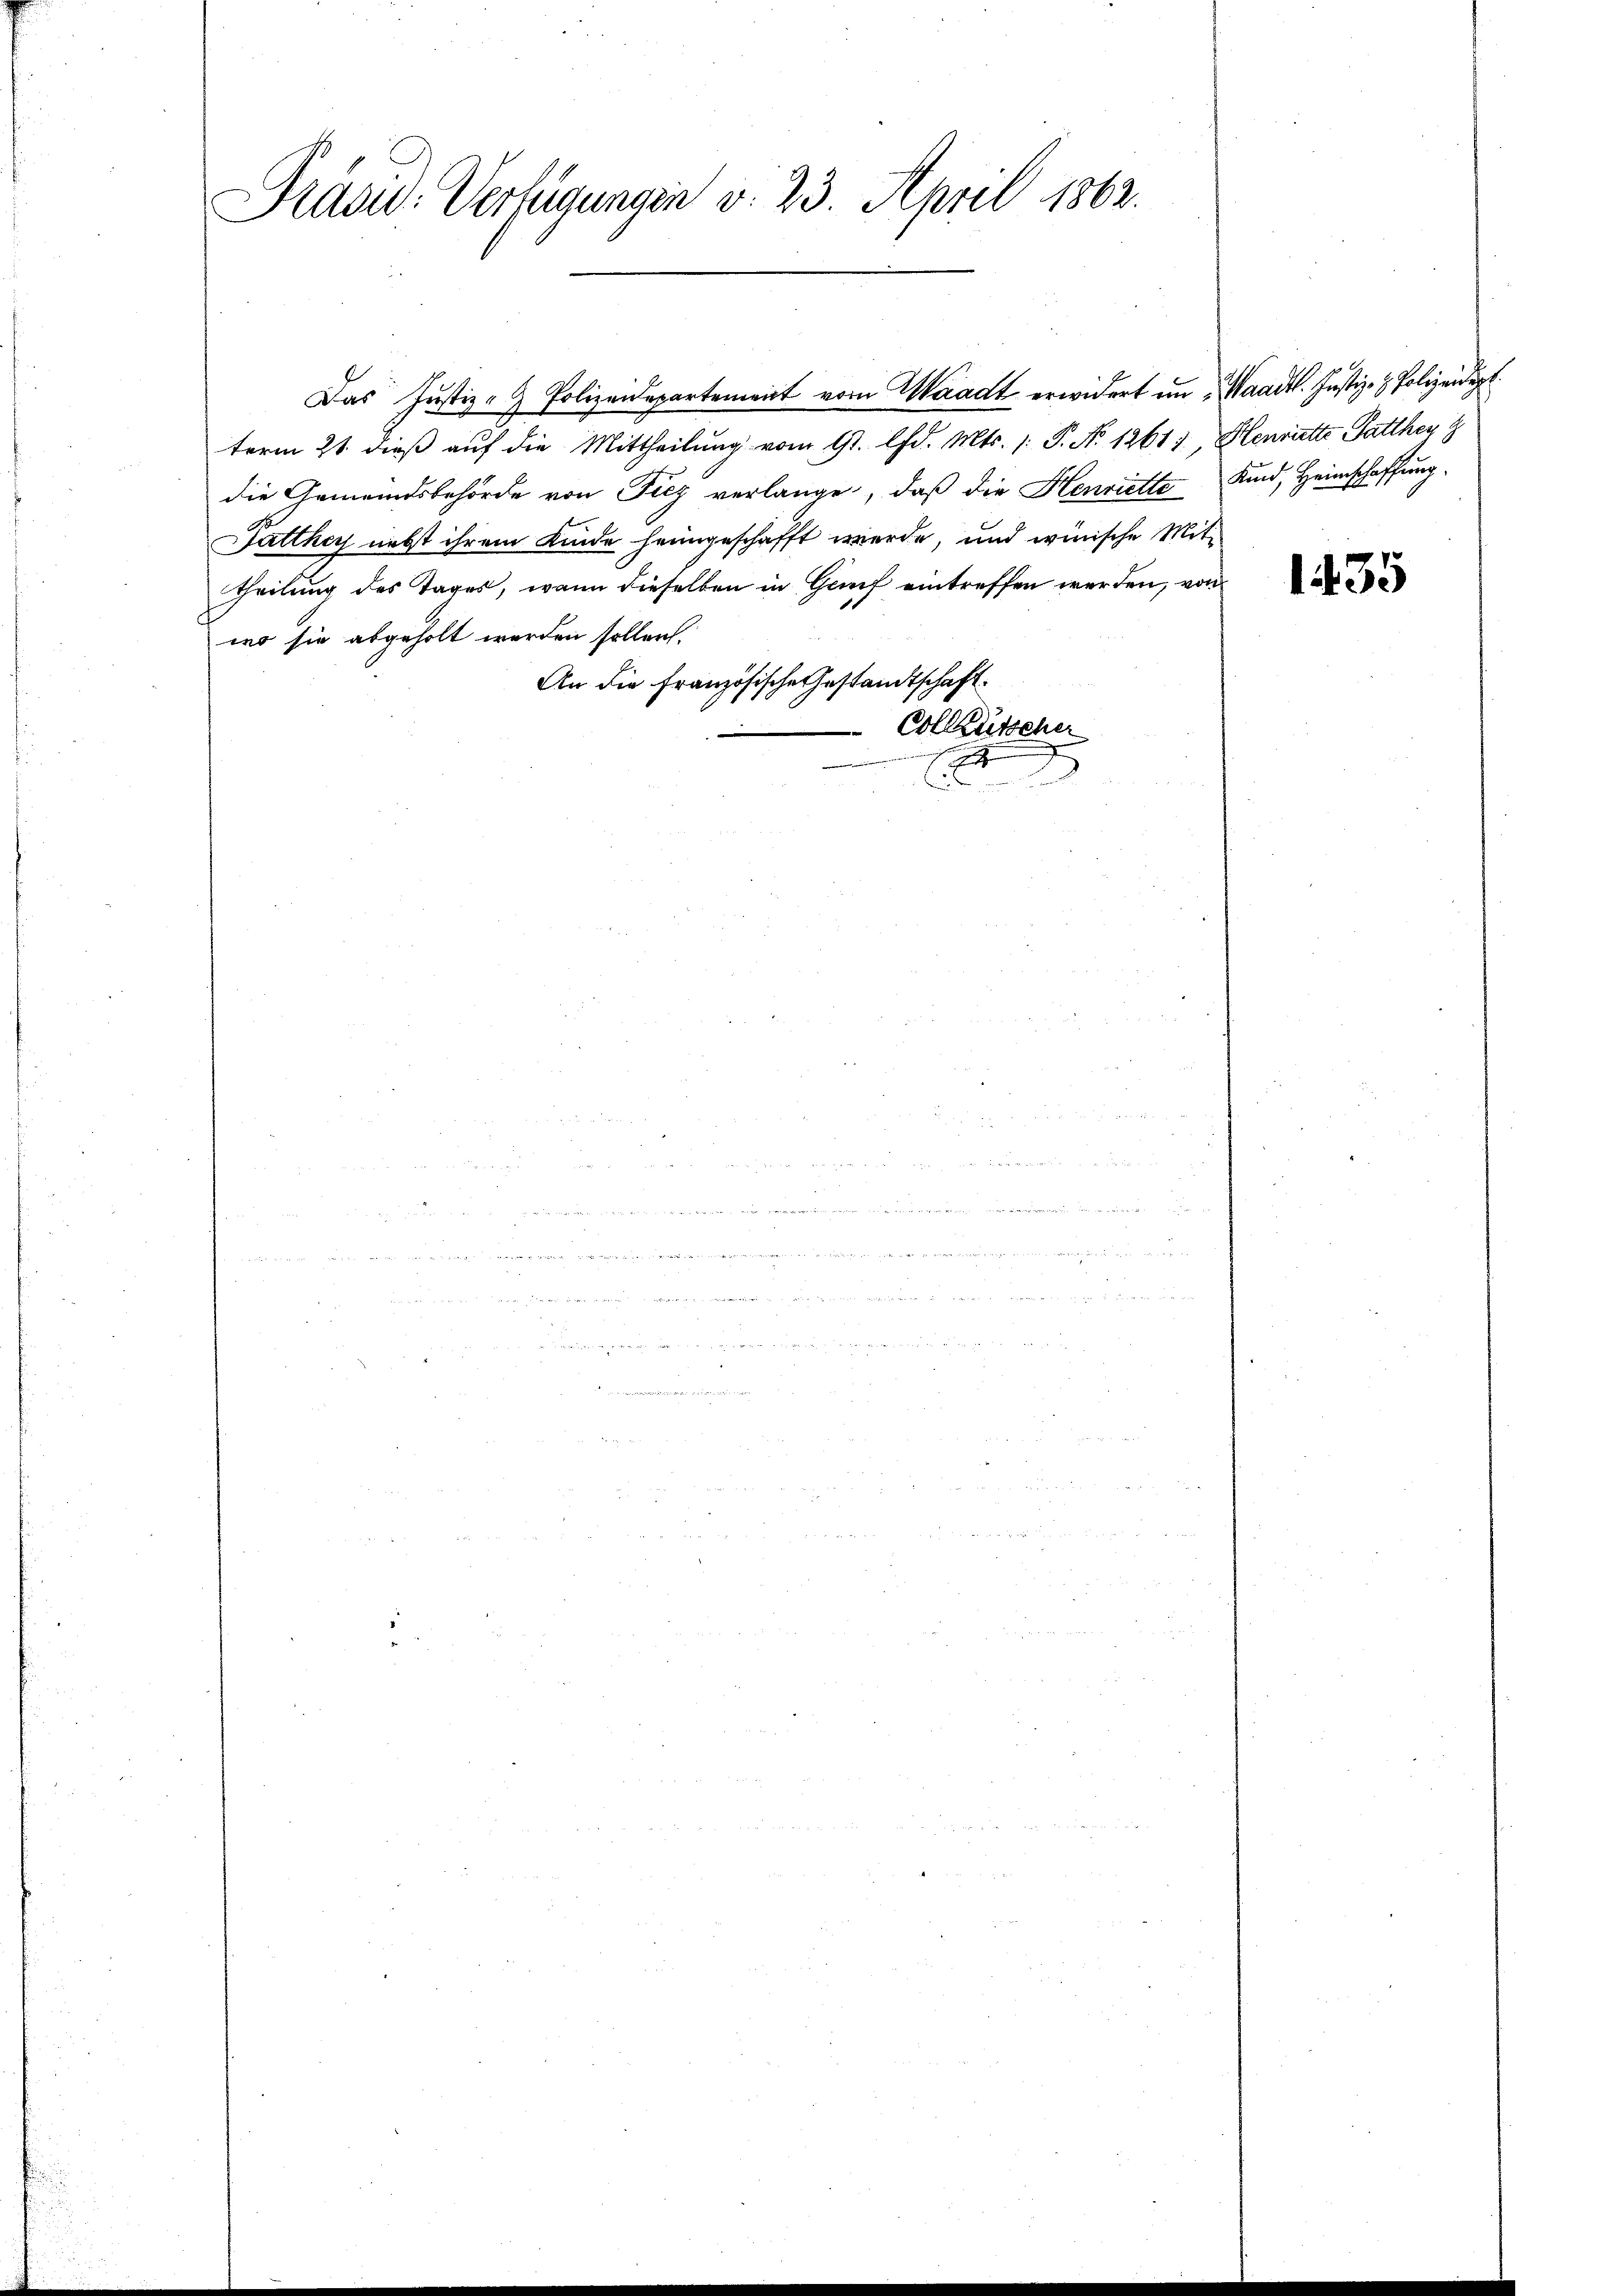
Präsid. Verfügungen v. 23. April 1862.

Das Justiz- & Polizeidepartement vom Waadt erwidert in Waadt. Justiz- & Polizeidigt.
term 21. dieß auf die Mittheilung vom 11. Chr. Mts. 1. P. No 1261), Henriette Patther
die Gemeindsbehörde von Ficz verlange, daß die Henriette Kind, Heimschaffung
Fatthey nebst ihrem Kinde heimgeschafft werde, und winische Mittheilung des Tages, wann dieselben in Genf eintreffen werden, von
wo sie abgeholt werden sollen.
An die Französische Gestandtschaft.
Collütscher
.

xxx

u. mag genem an einmal meinen manne nennen

 a s h den aus und ihn namen, und zu und in den man nun ein

.

   den ge

u

1435